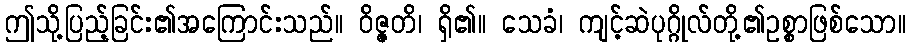
ဤသို့ပြည့်ခြင်း၏အကြောင်းသည်။ ဝိဇ္ဇတိ၊ ရှိ၏။ သေခံ၊ ကျင့်ဆဲပုဂ္ဂိုလ်တို့၏ဥစ္စာဖြစ်သော။